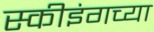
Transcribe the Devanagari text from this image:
स्कीइंगच्या